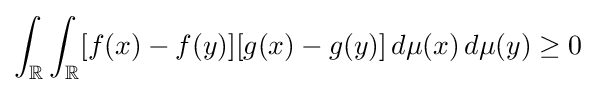
\int _{\mathbb {R} }\int _{\mathbb {R} }[f(x)-f(y)][g(x)-g(y)]\,d\mu (x)\,d\mu (y)\geq 0